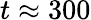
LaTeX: t\approx 300